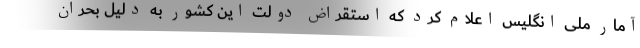
آمار ملی انگلیس اعلام کرد که استقراض دولت این کشور به دلیل بحران‌